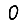
Digit: 0